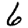
Digit: 6